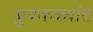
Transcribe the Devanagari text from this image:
बुचकळ्यांत